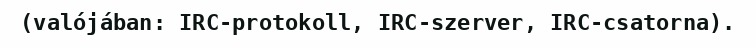
(valójában: IRC-protokoll, IRC-szerver, IRC-csatorna).